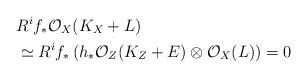
LaTeX: \begin{align*}&R^if_*\mathcal O_X(K_X+L) \\ &\simeq R^if_*\left(h_*\mathcal O_Z(K_Z+E)\otimes \mathcal O_X(L)\right)=0\end{align*}